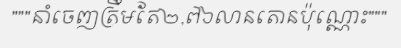
"""នាំចេញត្រឹមតែ២,៧៦លានតោនប៉ុណ្ណោះ"""